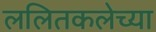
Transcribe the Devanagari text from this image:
ललितकलेच्या